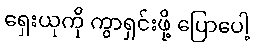
ရှေးယုကို ကွာရှင်းဖို့ ပြောပေါ့